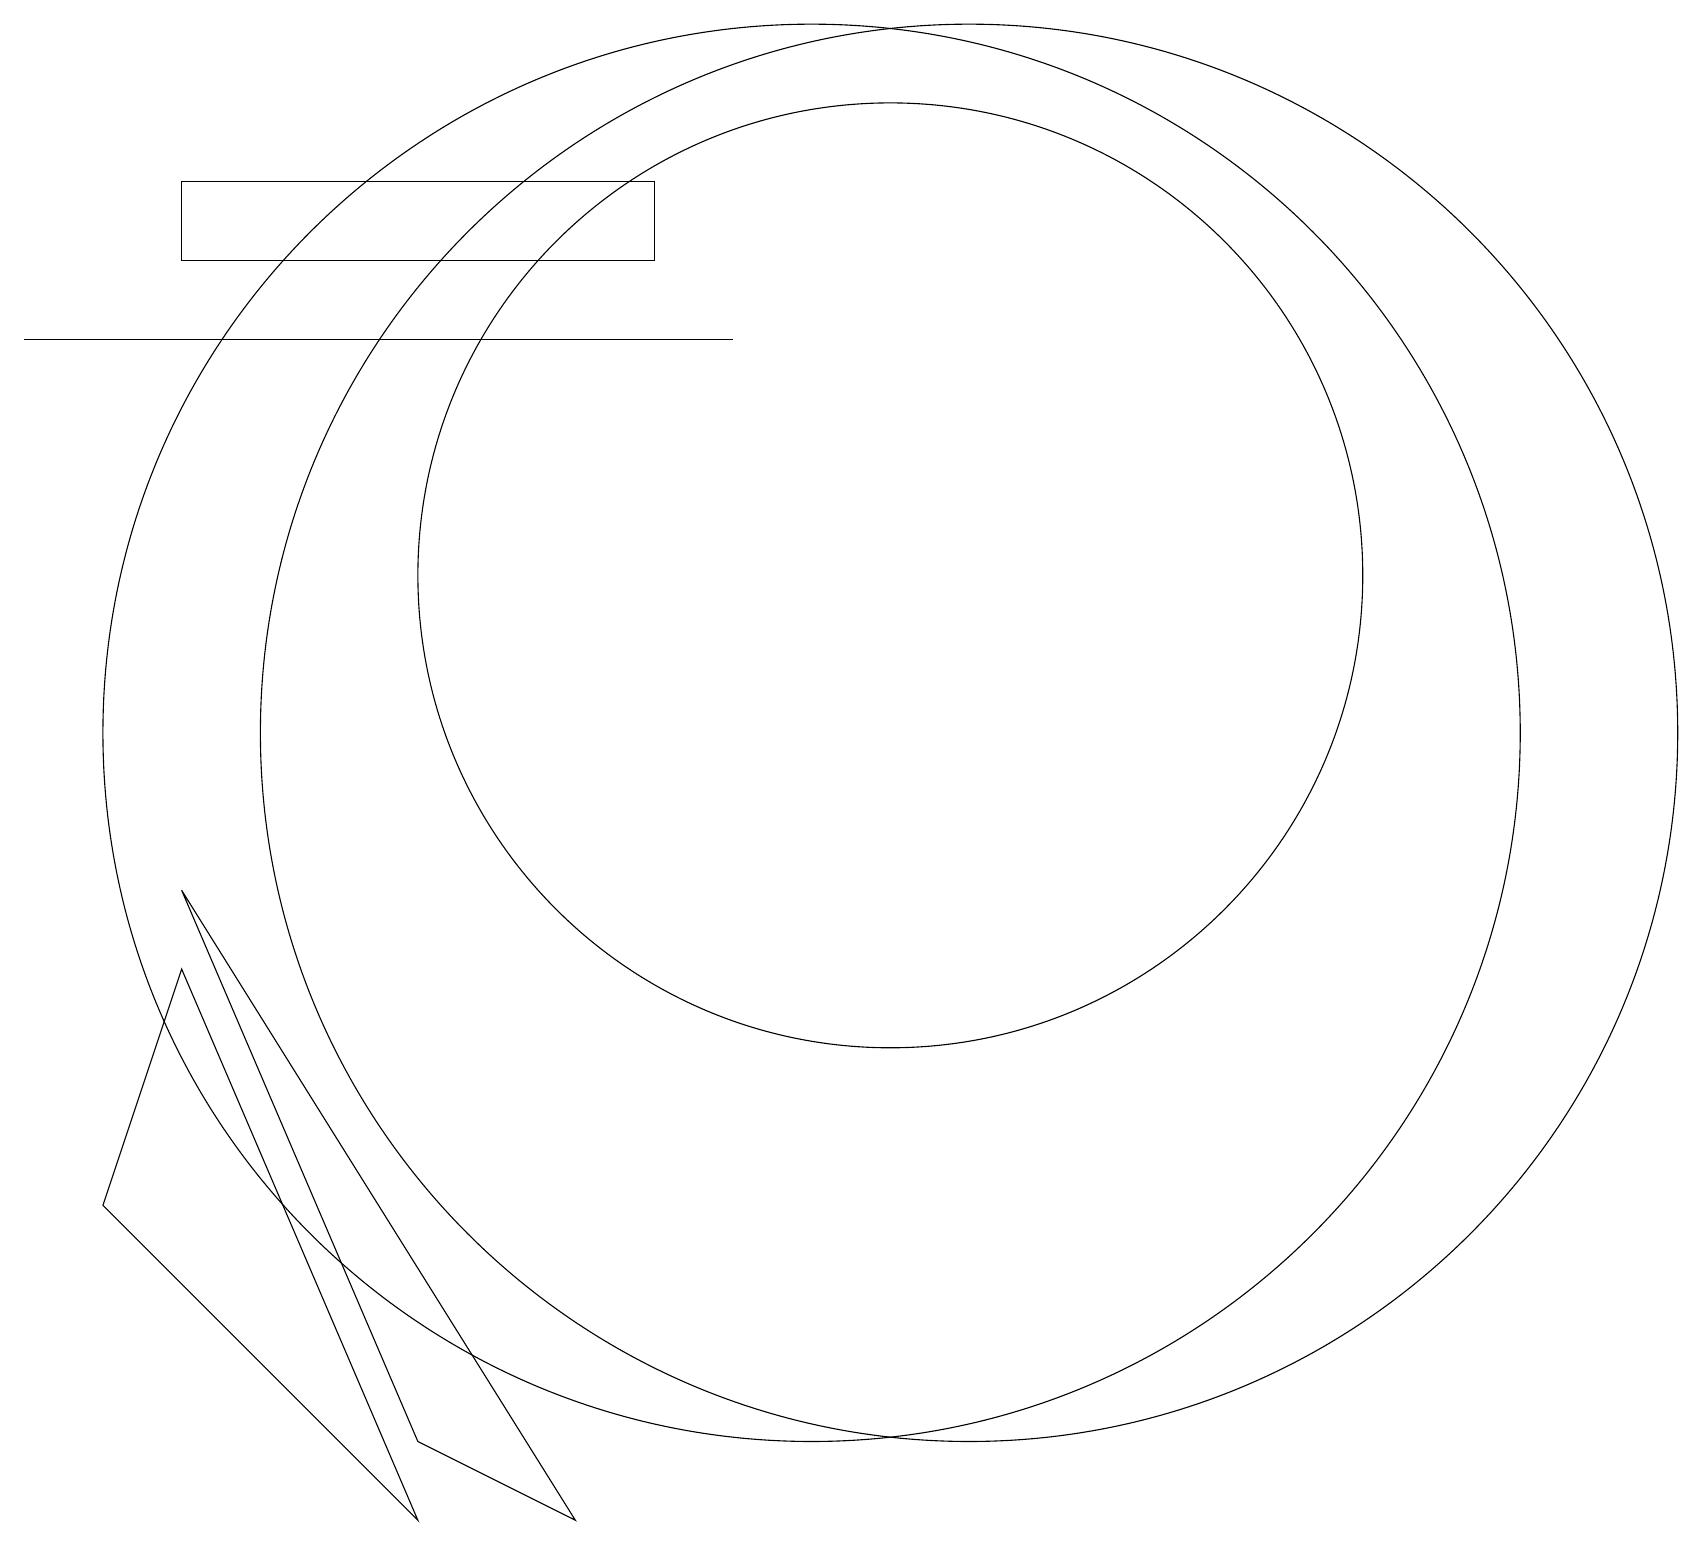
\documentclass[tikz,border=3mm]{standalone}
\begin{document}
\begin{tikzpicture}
\draw (2,17) rectangle (8,16);
\draw (10,10) circle (9);
\draw (5,1) -- (2,8) -- (7,0) -- cycle;
\draw (11,12) circle (6);
\draw (12,10) circle (9);
\draw (2,7) -- (1,4) -- (5,0) -- cycle;
\draw (9,15) rectangle (0,15);
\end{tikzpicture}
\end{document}